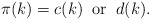
\begin{align*}\pi(k) = c(k) \; \; \mbox{or} \; \; d(k).\end{align*}